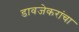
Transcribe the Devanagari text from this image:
डावजेकरांचा